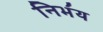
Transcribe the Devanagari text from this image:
निभ॔य